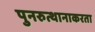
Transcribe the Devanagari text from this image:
पुनरुत्थानाकरता